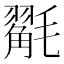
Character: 𭯩